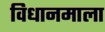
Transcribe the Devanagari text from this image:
विधानमाला